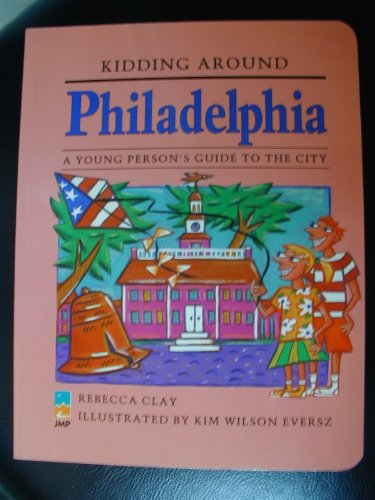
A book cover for Kidding Around Philadelphia: A Young Person's Guide to the City; Rebecca Clay; Teen & Young Adult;